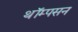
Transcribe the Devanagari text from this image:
थॉम्‍पसन